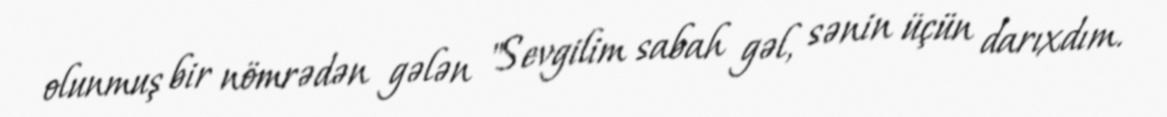
olunmuş bir nömrədən gələn "Sevgilim sabah gəl, sənin üçün darıxdım.